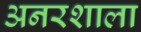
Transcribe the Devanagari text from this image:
अनरशाला